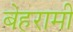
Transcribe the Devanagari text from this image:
बेहरामी